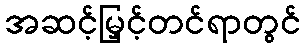
အဆင့်မြှင့်တင်ရာတွင်